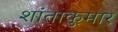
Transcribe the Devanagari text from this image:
शांताकुमार